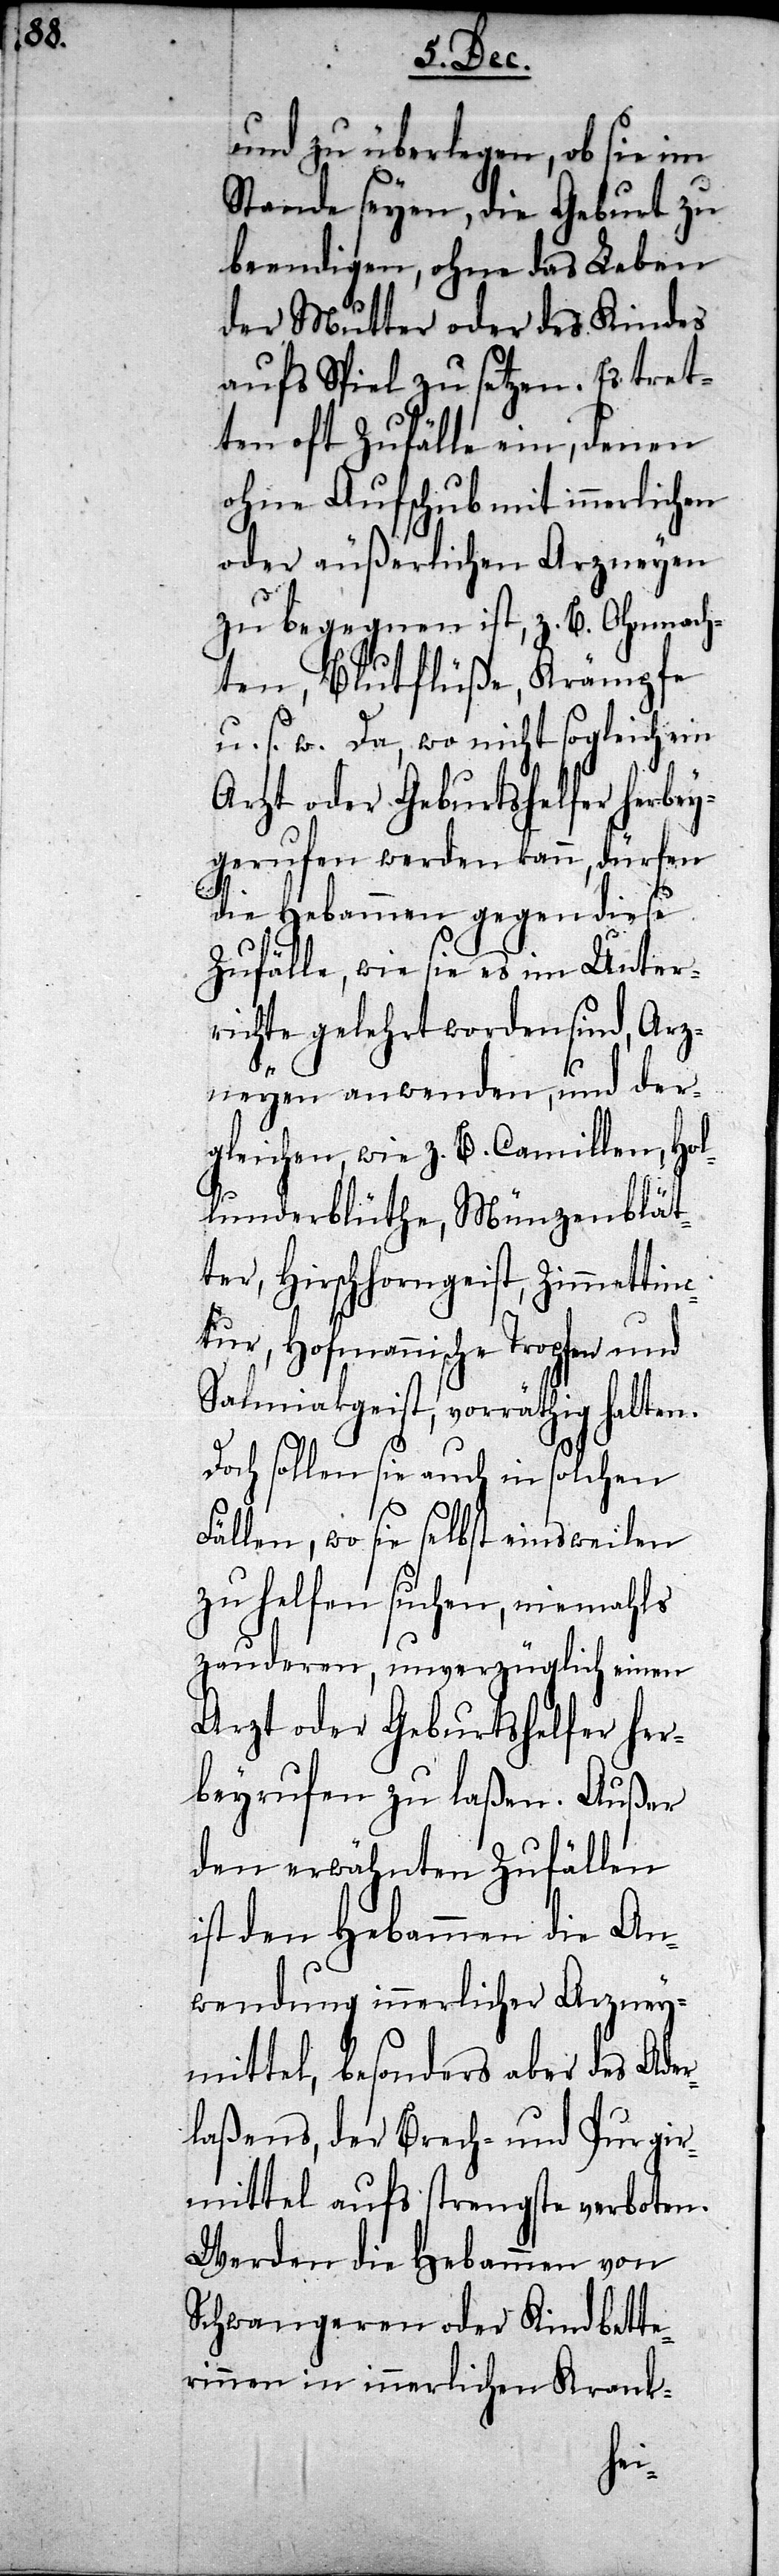
und zu überlegen, ob sie im
Stande seyen, die Geburt zu
beendigen, ohne das Leben
der Mutter oder des Kindes
aufs Spiel zu setzen. Es tret¬
ten oft Zufälle ein, denen
ohne Aufschub mit innerlichen
oder äußerlichen Arzneyen
zu begegnen ist, z. B. Ohnmach¬
ten, Blutflüße, Krämpfe
u. s. w. Da, wo nicht sogleich ein
gerufen werden kann, dürfen
die Hebammen gegen diese
Zufälle, wie sie es im Unter¬
richte gelehrt worden sind, Arz¬
neyen anwenden, und der¬
gleichen, wie z. B. Camillen, Ho¬
lunderblüthe, Münzenblät¬
ter, Hirschhorngeist, Zimmettinc¬
tur, Hofmannische Tropfen und
Salmiakgeist, vorräthig halten.
Doch sollen sie auch in solchen
Fällen, wo sie selbst einsweilen
zu helfen suchen, niemahls
zauderen, unverzüglich einen
Arzt oder Geburtshelfer her¬
beyrufen zu laßen. Außer
den erwähnten Zufällen
ist den Hebammen die An¬
wendung innerlicher Arzney¬
mittel, besonders aber des Ade¬
rlaßens, der Brech- und Purgir¬
mittel aufs strengste verboten.
Werden die Hebammen von
Schwangeren oder Kindbette¬
rinnen in innerlichen Krank-
bey¬